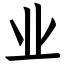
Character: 业